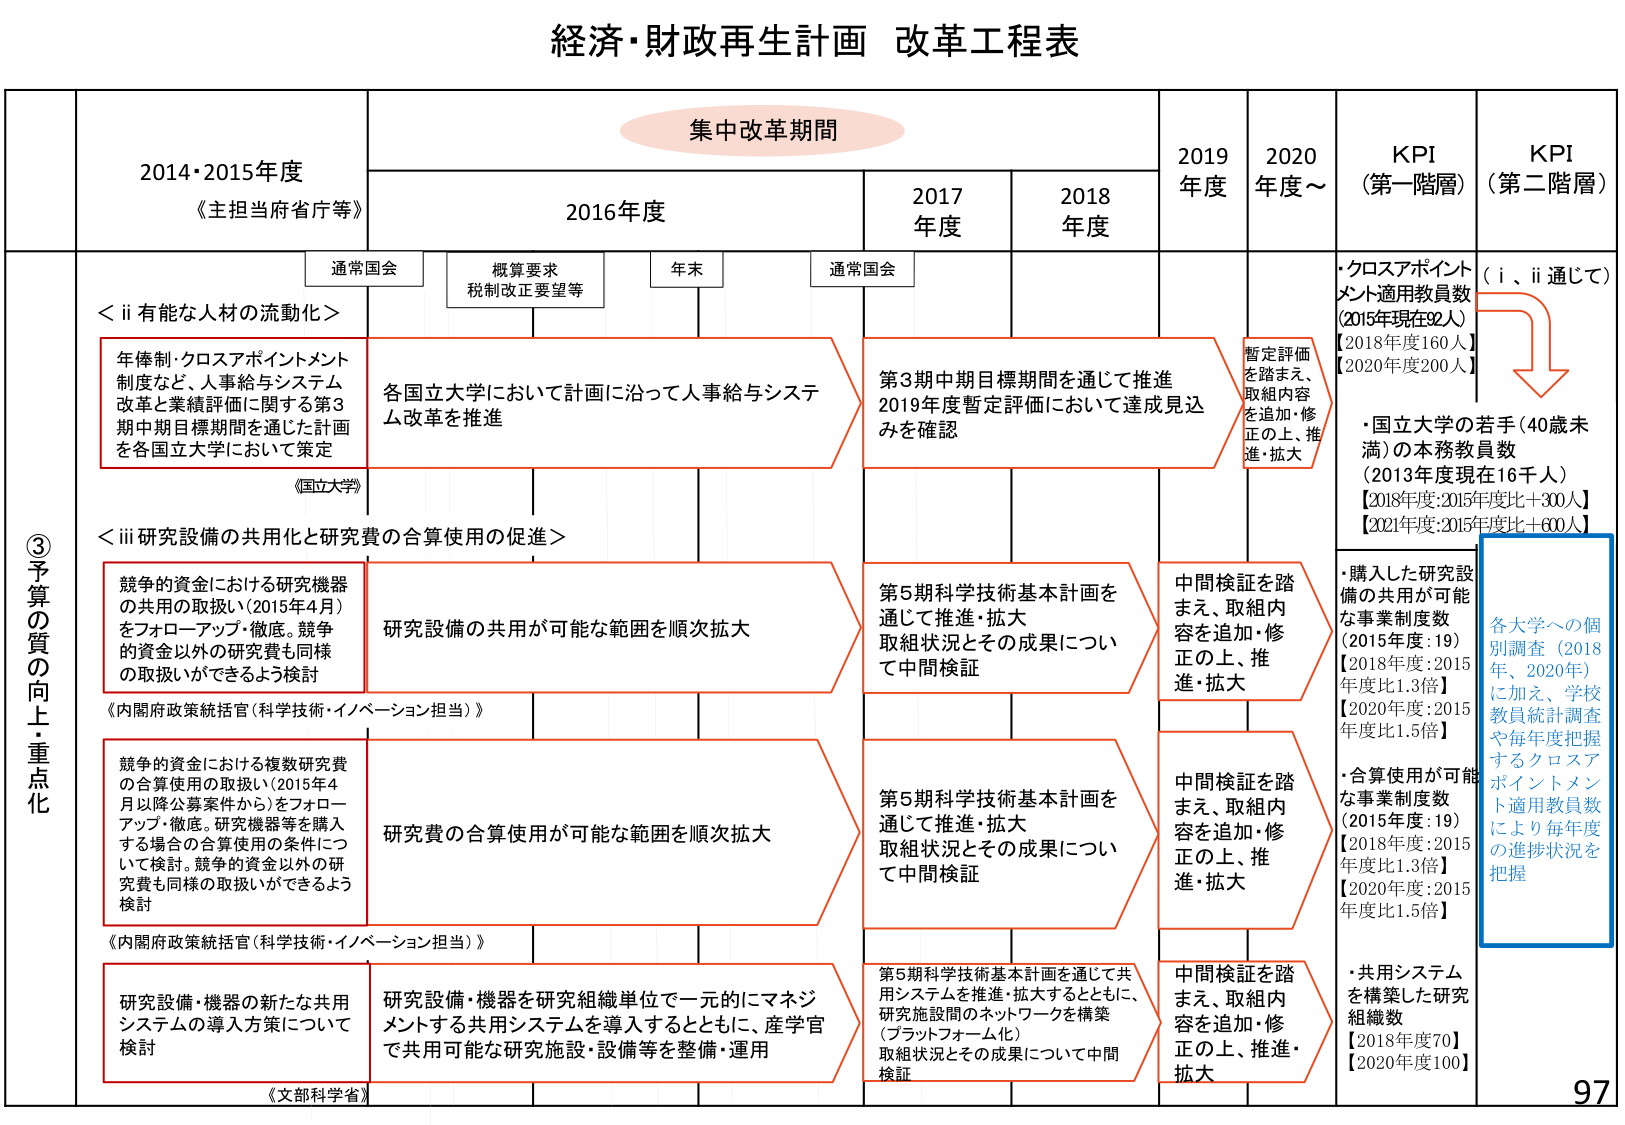
経済・財政再生計画 改革工程表

集中改革期間

2014・2015年度
《主担当府省庁等》

2016年度
通常国会
概算要求
税制改正要望等
年末
通常国会

2017年度
2018年度
2019年度
2020年度～

KPI（第一階層）
KPI（第二階層）

③予算の質の向上・重点化

＜ii 有能な人材の流動化＞
年俸制・クロスアポイントメント制度など、人事給与システム改革と業績評価に関する第3期中期目標期間を通じた計画を各国立大学において策定
《国立大学》

各国立大学において計画に沿って人事給与システム改革を推進

第3期中期目標期間を通じて推進
2019年度暫定評価において達成見込みを確認

暫定評価を踏まえ、取組内容を追加・修正の上、推進・拡大

・クロスアポイントメント適用教員数
（2015年現在92人）
【2018年度160人】
【2020年度200人】

（i、ii通じて）
↓
・国立大学の若手（40歳未満）の本務教員数
（2013年度現在16千人）
【2018年度：2015年度比＋300人】
【2021年度：2015年度比＋600人】

＜iii 研究設備の共用化と研究費の合算使用の促進＞
競争的資金における研究機器の共用の取扱い（2015年4月）をフォローアップ・徹底。競争的資金以外の研究費も同様の取扱いができるよう検討
《内閣府政策統括官（科学技術・イノベーション担当）》

研究設備の共用が可能な範囲を順次拡大

第5期科学技術基本計画を通じて推進・拡大
取組状況とその成果について中間検証

中間検証を踏まえ、取組内容を追加・修正の上、推進・拡大

・購入した研究設備の共用が可能な事業制度数
（2015年度：19）
【2018年度：2015年度比1.3倍】
【2020年度：2015年度比1.5倍】

競争的資金における複数研究費の合算使用の取扱い（2015年4月以降公募案件から）をフォローアップ・徹底。研究機器等を購入する場合の合算使用の条件について検討。競争的資金以外の研究費も同様の取扱いができるよう検討
《内閣府政策統括官（科学技術・イノベーション担当）》

研究費の合算使用が可能な範囲を順次拡大

第5期科学技術基本計画を通じて推進・拡大
取組状況とその成果について中間検証

中間検証を踏まえ、取組内容を追加・修正の上、推進・拡大

・合算使用が可能な事業制度数
（2015年度：19）
【2018年度：2015年度比1.3倍】
【2020年度：2015年度比1.5倍】

研究設備・機器の新たな共用システムの導入方策について検討
《文部科学省》

研究設備・機器を研究組織単位で一元的にマネジメントする共用システムを導入するとともに、産学官で共用可能な研究施設・設備等を整備・運用

第5期科学技術基本計画を通じて共用システムを推進・拡大するとともに、研究施設間のネットワークを構築（プラットフォーム化）
取組状況とその成果について中間検証

中間検証を踏まえ、取組内容を追加・修正の上、推進・拡大

・共用システムを構築した研究組織数
【2018年度70】
【2020年度100】

各大学への個別調査（2018年、2020年）に加え、学校教員統計調査や毎年度把握するクロスアポイントメント適用教員数により毎年度の進捗状況を把握

97